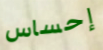
إحساس